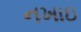
નખાઇ